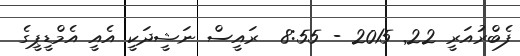
ފެބްރުއަރީ 22